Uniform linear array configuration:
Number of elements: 48
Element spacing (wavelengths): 0.5
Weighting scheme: uniform
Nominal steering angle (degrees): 45
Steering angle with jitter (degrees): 45.606
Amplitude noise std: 0.05
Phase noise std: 0.05

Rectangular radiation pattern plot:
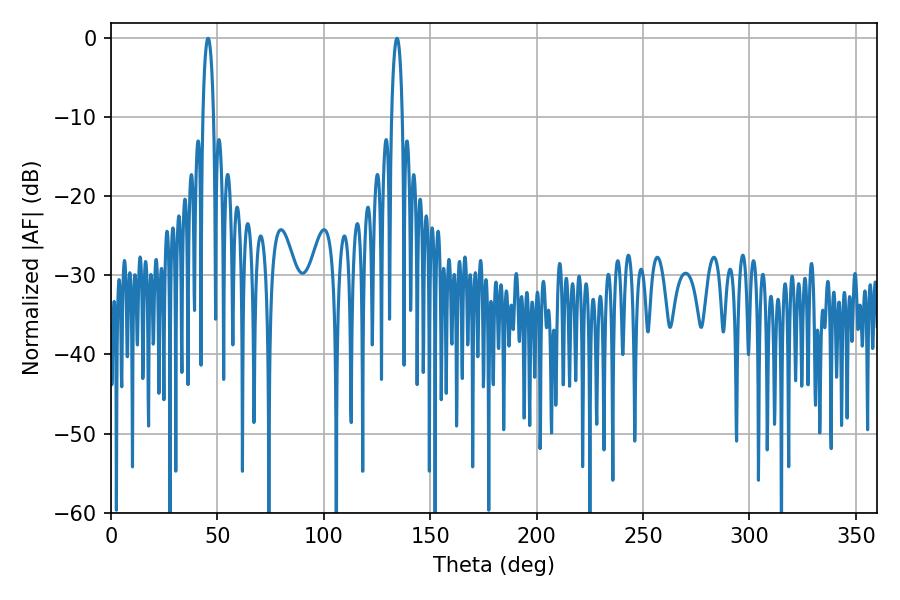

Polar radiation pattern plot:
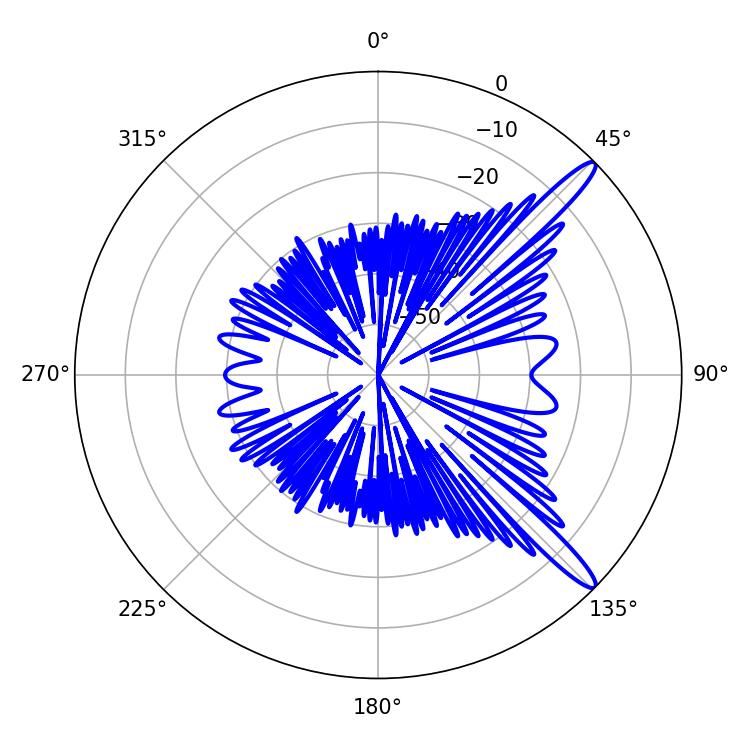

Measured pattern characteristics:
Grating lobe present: FALSE
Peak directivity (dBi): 13.74
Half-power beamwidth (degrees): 2.7
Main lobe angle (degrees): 45.54